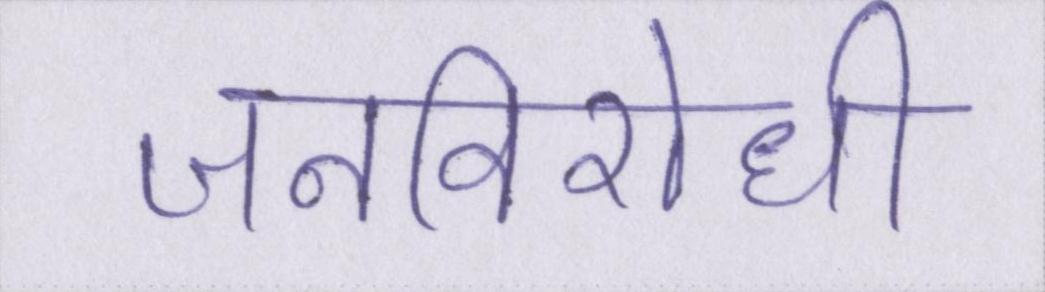
जनविरोधी